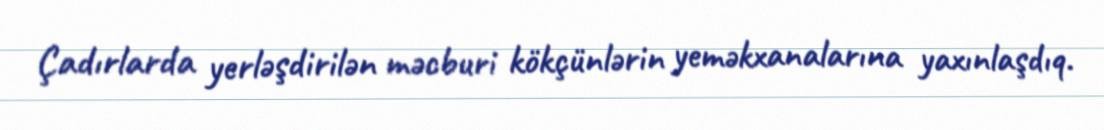
Çadırlarda yerləşdirilən məcburi kökçünlərin yeməkxanalarına yaxınlaşdıq.